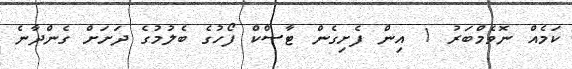
ކަމެއް ނޮވެމްބަރު 1 އިން ފެށިގެން ޓާސްކް ފޯހުގެ ބެލުމުގެ ދަށަށް ގެންދާނެ